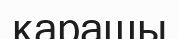
қарашы